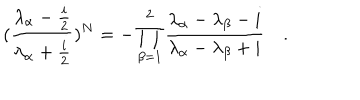
LaTeX: ( \frac { \lambda _ { \alpha } - \frac { i } { 2 } } { \lambda _ { \alpha } + \frac { i } { 2 } } ) ^ { N } = - \prod _ { \beta = 1 } ^ { 2 } \frac { \lambda _ { \alpha } - \lambda _ { \beta } - i } { \lambda _ { \alpha } - \lambda _ { \beta } + i } \quad .